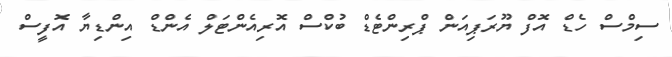
ސިމްސް ހެޑް އޮފް ޔޫރަޕިއަން ޕްރިންޓެޑް ބުކްސް އޮރިއެންޓަލް އެންޑް އިންޑިޔާ އޮފީސް